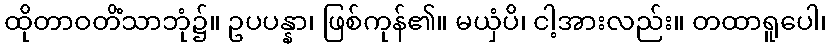
ထိုတာဝတိံသာဘုံ၌။ ဥပပန္နာ၊ ဖြစ်ကုန်၏။ မယှံပိ၊ ငါ့အားလည်း။ တထာရူပေါ၊